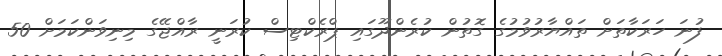
ފުނަ ހަރަކާތަށް ތައްޔާރުވުމުގެ ގޮތުން ކުރެންދޫގައި ޕްރެކްޓިސް ކުރަނީ ރާއްޖޭގެ މިނިވަންކަމަށް 50